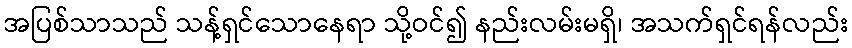
အပြစ်သာသည် သန့်ရှင်သောနေရာ သို့ဝင်၍ နည်းလမ်းမရှိ၊ အသက်ရှင်ရန်လည်း